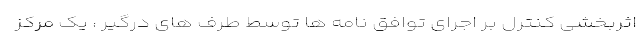
اثربخشی کنترل بر اجرای توافق نامه ها توسط طرف های درگیر ، یک مرکز